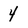
Character: 4